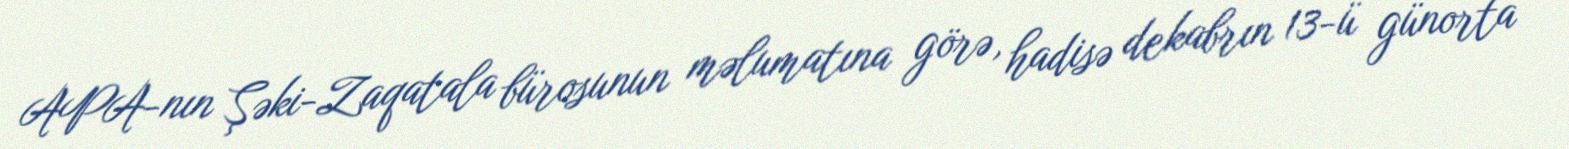
APA-nın Şəki-Zaqatala bürosunun məlumatına görə, hadisə dekabrın 13-ü günorta